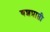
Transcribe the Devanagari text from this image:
यशप्राप्ती